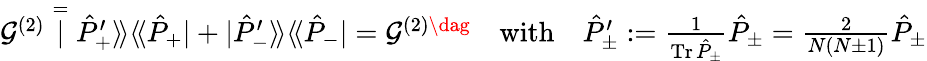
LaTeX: \textstyle\mathcal{G}^{(2)}\stackrel{=}|\hat{P}_{+}^{\prime}\rangle\! \rangle\langle\! \langle\hat{P}_{+}|+|\hat{P}_{-}^{\prime}\rangle\! \rangle\langle\! \langle\hat{P}_{-}|=\mathcal{G}^{{(2)}\dag}\quad\mathrm{with}\quad\hat{P}_{\pm}^{\prime}:=\frac{1}{\operatorname{Tr}\hat{P}_{\pm}}\hat{P}_{\pm}=\frac{2}{N(N\pm 1)}\hat{P}_{\pm}